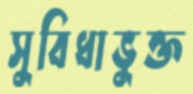
সুবিধাভুক্ত